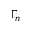
\Gamma _ { n }